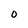
Character: O